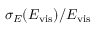
\sigma _ { E } ( E _ { \mathrm { v i s } } ) / E _ { \mathrm { v i s } }